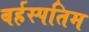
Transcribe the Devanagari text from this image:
बर्हस्पतिम